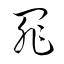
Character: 罪